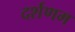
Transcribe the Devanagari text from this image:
दर्शणम